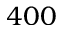
4 0 0